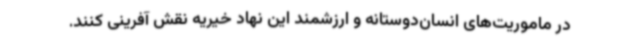
در ماموریت‌های انسان‌دوستانه و ارزشمند این نهاد خیریه نقش آفرینی کنند.